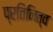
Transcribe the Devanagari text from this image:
प्रतिनित्व